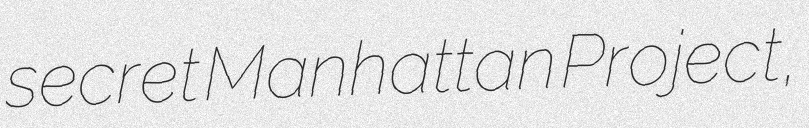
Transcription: secret Manhattan Project,